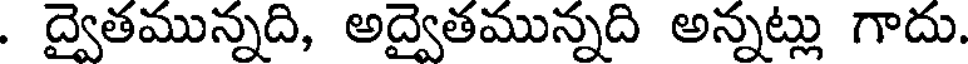
. ద్వైతమున్నది, అద్వైతమున్నది అన్నట్లు గాదు.